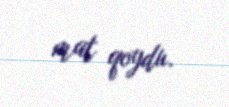
mat qoydu.